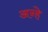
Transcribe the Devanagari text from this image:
अन्हे